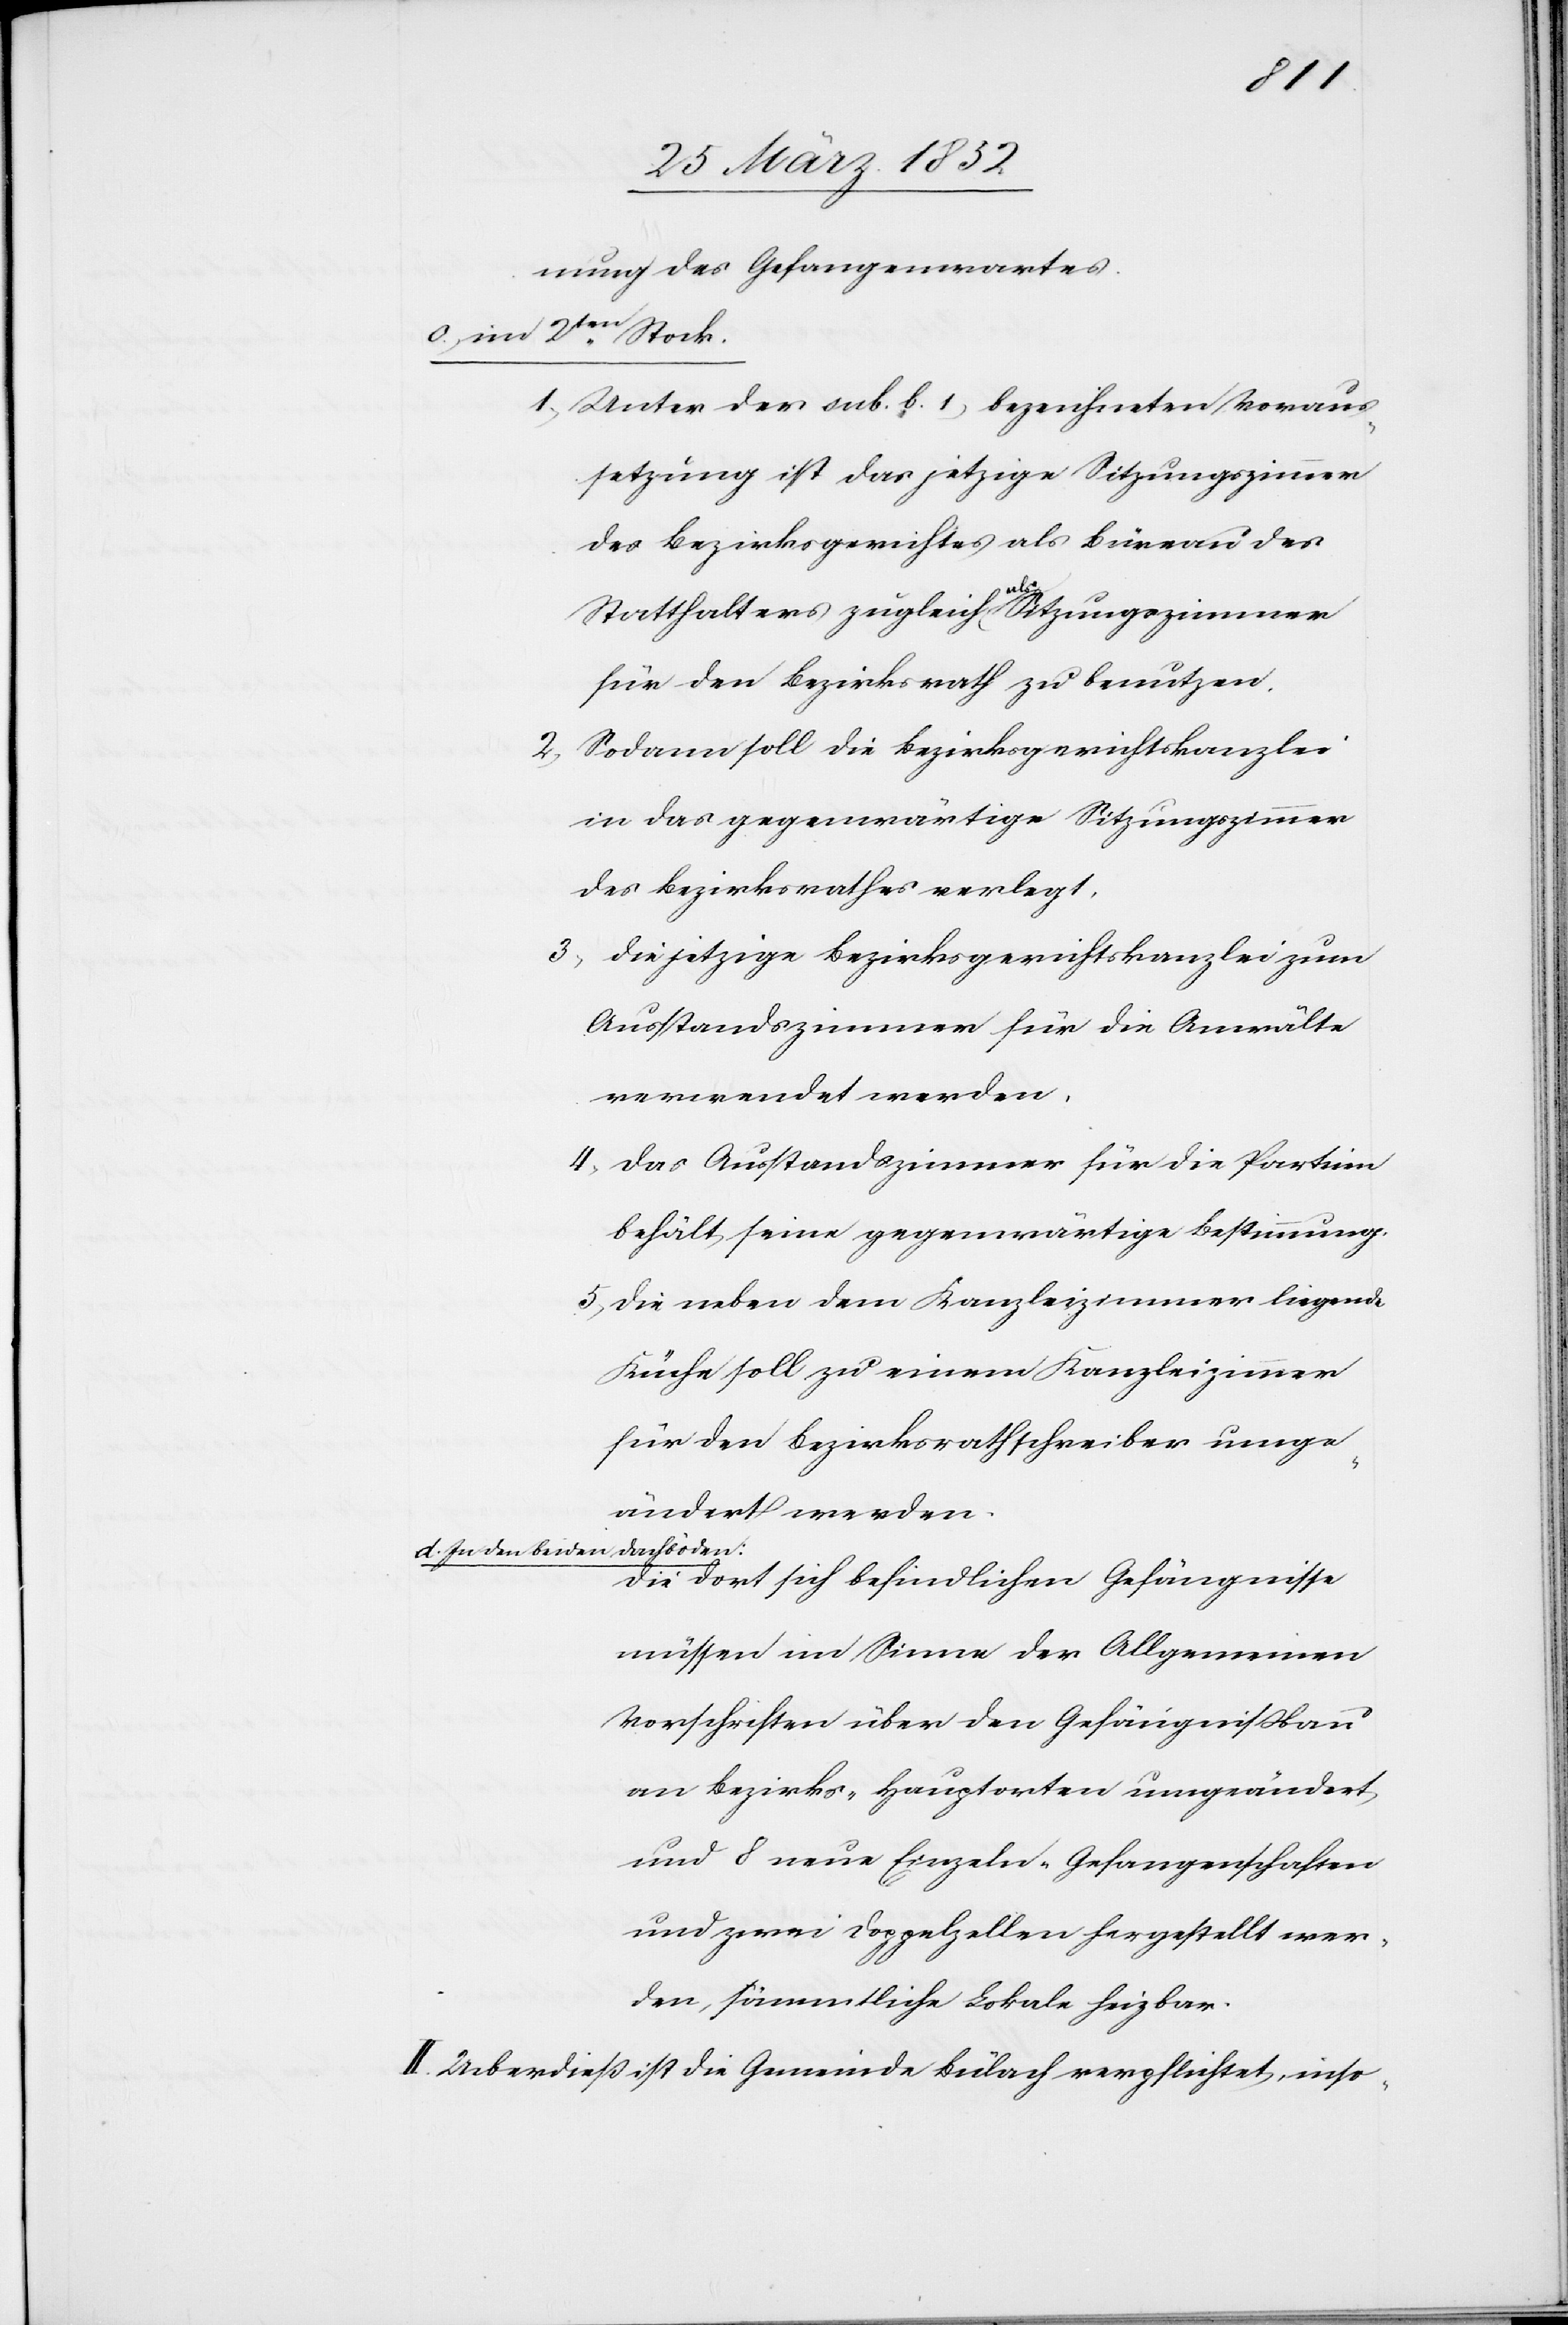
nung des Gefangenwartes.
c) im 2ten Stock.
1) Unter der sub b. 1) bezeichneten Voraus¬
setzung ist das jetzige Sitzungszimmer
des Bezirksgerichtes als Büreau des
Statthalters zugleich als Sitzungszimmer
für den Bezirksrath zu benutzen.
Sodann soll die Bezirksgerichtskanzlei
in das gegenwärtige Sitzungszimmer
des Bezirksrathes verlegt,
3) die jetzige Bezirksgerichtskanzlei zum
Ausstandszimmer für die Anwälte
verwendet werden,
4) das Ausstandszimmer für die Parteien
behält seine gegenwärtige Bestimmung.
5) Die neben dem Kanzleizimmer liegende
Küche soll zu einem Kanzleizimmer
für den Bezirksrathschreiber umge¬
ändert werden.
Dachböden:
d) In den beiden
Die dort sich befindlichen Gefängnisse
müssen im Sinne der Allgemeinen
Vorschriften über den Gefängnißbau
an Bezirks-Hauptorten umgeändert
und 8 neue Einzeln-Gefangenschaften
und zwei Doppelzellen hergestellt wer¬
den, sämmtliche Lokale heizbar.
II. Ueberdieß ist die Gemeinde Bülach verpflichtet, inso-